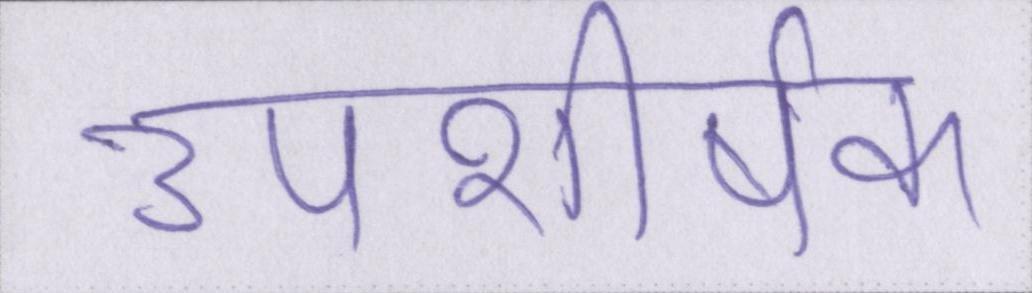
उपशीर्षक